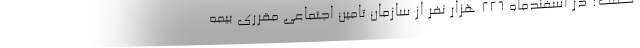
گفت: در اسفندماه 226 هزار نفر از سازمان تامین اجتماعی مقرری بیمه